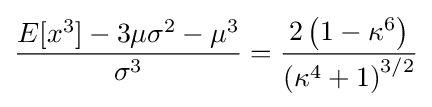
{\frac {E[x^{3}]-3\mu \sigma ^{2}-\mu ^{3}}{\sigma ^{3}}}={\frac {2\left(1-\kappa ^{6}\right)}{\left(\kappa ^{4}+1\right)^{3/2}}}